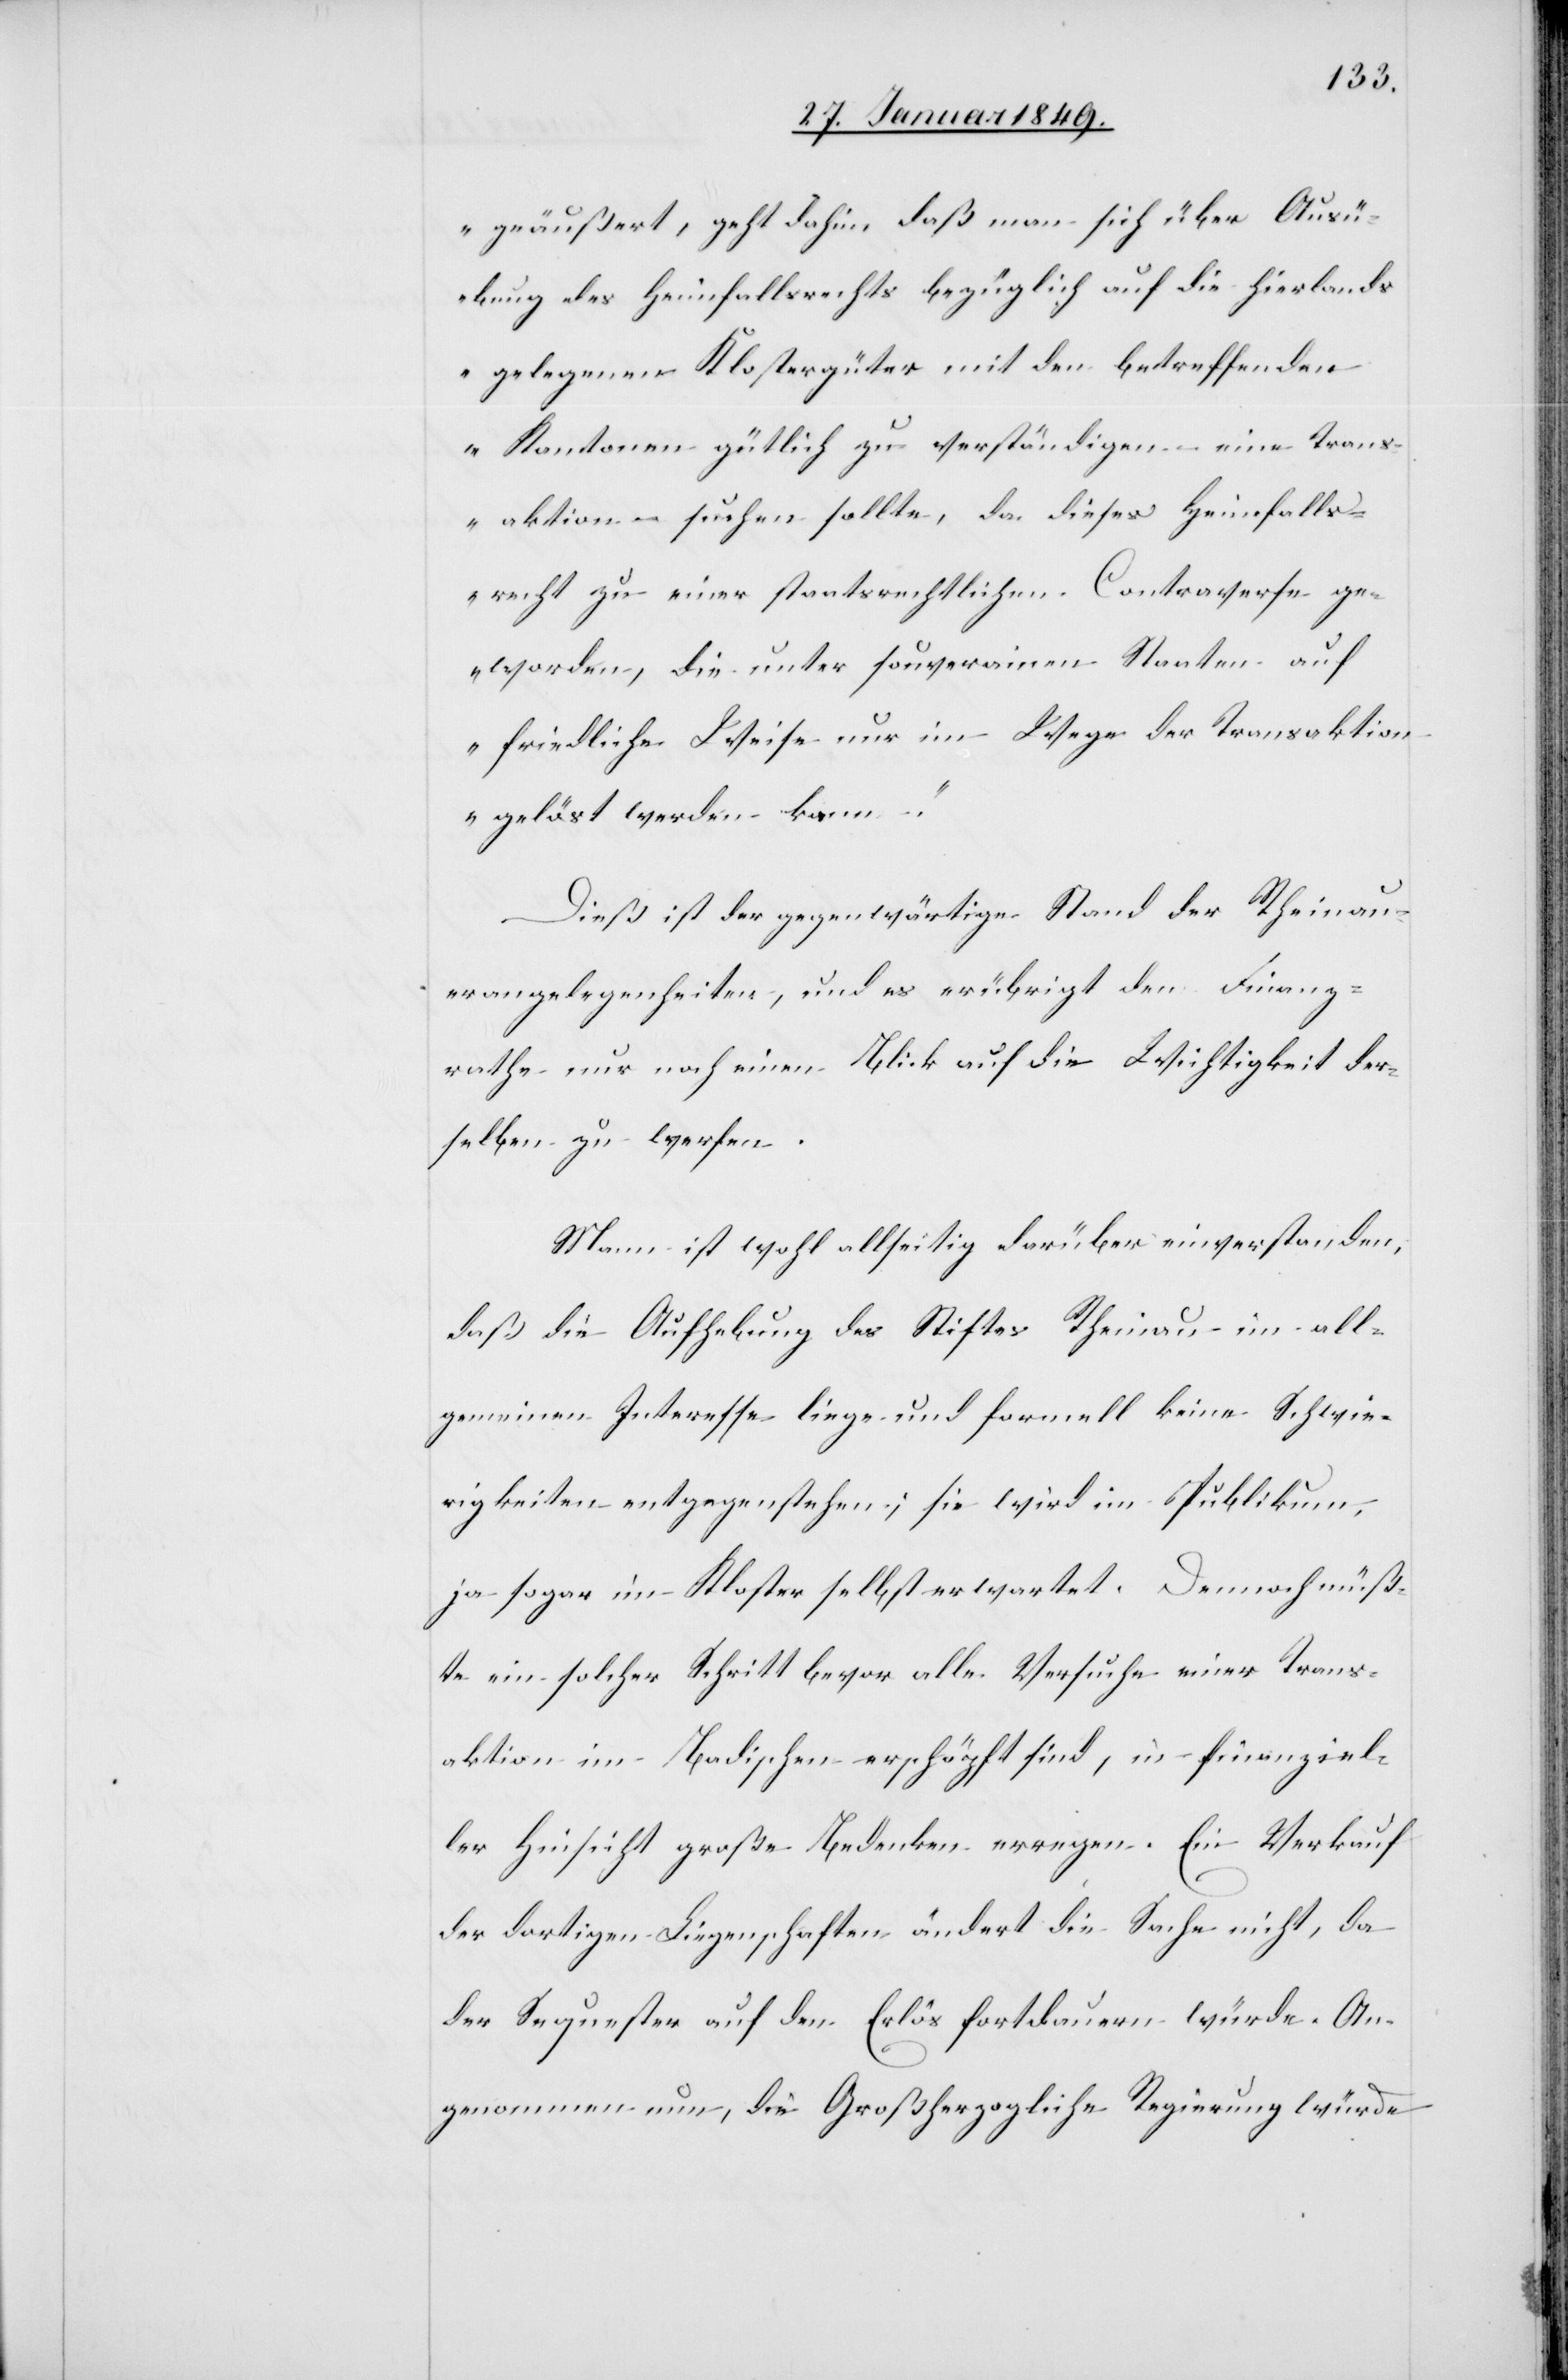
geäußert, geht dahin, daß man sich über Ausü¬
bung des Heimfallsrechts bezüglich auf die hierlands
gelegenen Klostergüter mit den betreffenden
Kantonen gütlich zu verständigen eine Trans¬
aktion suchen sollte, da dieses Heimfalls¬
recht zu einer staatsrechtlichen Contraverse ge¬
worden, die unter souverainen Staaten auf
friedliche Weise nur im Wege der Transaktion
gelöst werden kann.“
Dieß ist der gegenwärtige Stand der Rheinau¬
erangelegenheiten, und es erübrigt den Finanz¬
rathe nur auf einen Blick auf die Wichtigkeit der¬
selben zu werfen.
Mann ist wohl allseitig darüber einverstanden,
daß die Aufhebung des Stiftes Rheinau im all¬
gemeinen Interesse liege und formell keine Schwie¬
rigkeiten entgegenstehen; sie wird im Publikum,
ja sogar im Kloster selbst erwartet. Dennoch müß¬
te ein solcher Schritt bevor alle Versuche einer Trans¬
aktion im Badischen erschöpft sind, in finanziel¬
ler Hinsicht große Bedenken erregen. Ein Verkauf
der dortigen Liegenschaften ändert die Sache nicht, da
der Sequester auf den Erlös fortdauern würde. An¬
genommen nun, die Großherzogliche Regierung würde